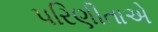
પરિણીતાએ